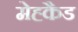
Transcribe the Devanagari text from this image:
मेह्कैड